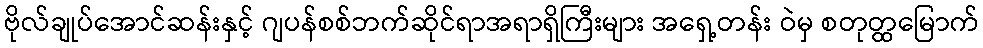
ဗိုလ်ချုပ်အောင်ဆန်းနှင့် ဂျပန်စစ်ဘက်ဆိုင်ရာအရာရှိကြီးများ အရှေ့တန်း ဝဲမှ စတုတ္ထမြောက်